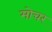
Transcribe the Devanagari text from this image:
मोचर